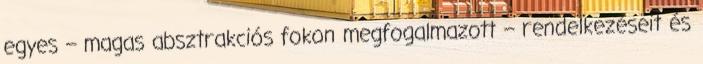
egyes – magas absztrakciós fokon megfogalmazott – rendelkezéseit és